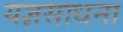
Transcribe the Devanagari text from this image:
यज्ञसाधना